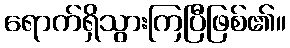
ရောက်ရှိသွားကြပြီဖြစ်၏။